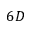
6 D